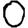
Digit: 0